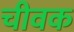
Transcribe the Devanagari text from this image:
चीवक